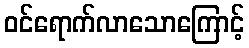
ဝင်ရောက်လာသောကြောင့်